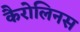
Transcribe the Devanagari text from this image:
कैरोलिनस